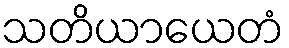
သတိယာယေတံ